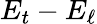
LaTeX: E_{t}-E_{\ell}